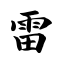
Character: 雷